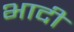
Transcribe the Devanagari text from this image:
भादी